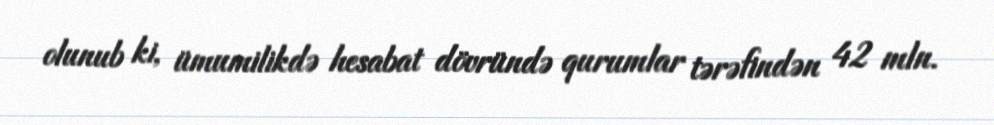
olunub ki, ümumilikdə hesabat dövründə qurumlar tərəfindən 42 mln.